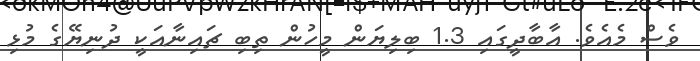
ވެސް މެއެވެ. އާބާދީގައި 1.3 ބިލިޔަން މީހުން ތިބި ޗައިނާއަކީ ދުނިޔޭގެ މުޅި